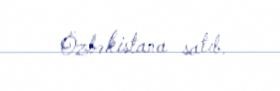
Özbəkistana satıb.